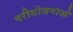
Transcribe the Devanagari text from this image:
परीयोजनाओ